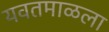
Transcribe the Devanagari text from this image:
यवतमाळला